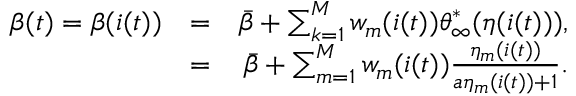
\begin{array} { r l r } { \beta ( t ) = \beta ( i ( t ) ) } & { = } & { \bar { \beta } + \sum _ { k = 1 } ^ { M } w _ { m } ( i ( t ) ) { \theta } _ { \infty } ^ { * } ( \eta ( i ( t ) ) ) , } \\ & { = } & { \bar { \beta } + \sum _ { m = 1 } ^ { M } w _ { m } ( i ( t ) ) \frac { \eta _ { m } ( i ( t ) ) } { a \eta _ { m } ( i ( t ) ) + 1 } . } \end{array}